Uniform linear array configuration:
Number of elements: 8
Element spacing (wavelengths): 0.25
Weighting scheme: blackman
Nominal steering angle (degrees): -45
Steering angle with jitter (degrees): -46.607
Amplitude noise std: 0.05
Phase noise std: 0.05

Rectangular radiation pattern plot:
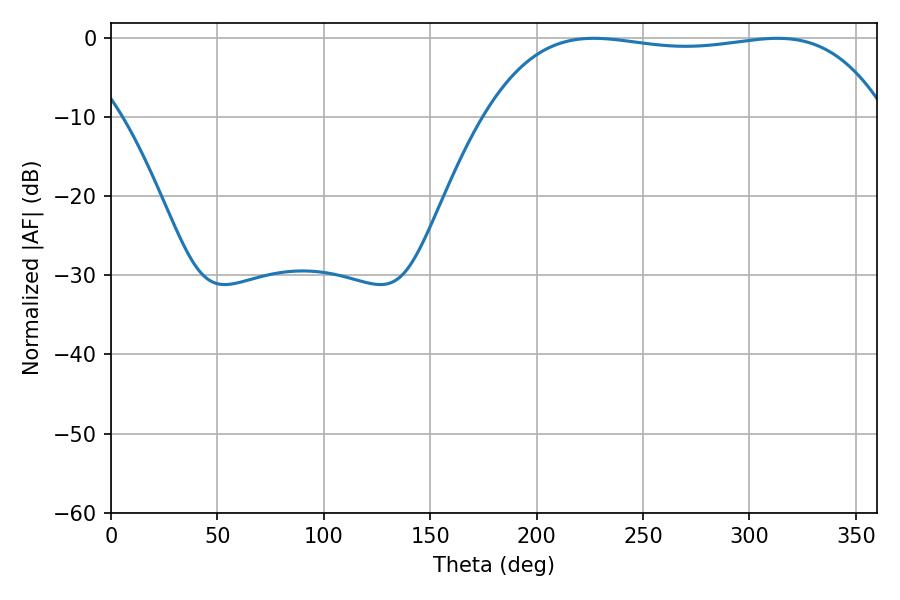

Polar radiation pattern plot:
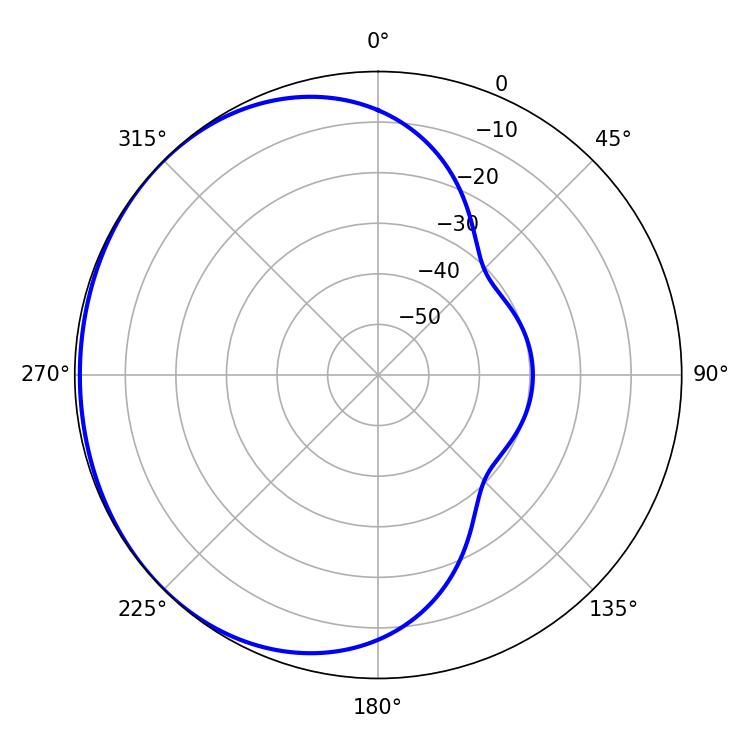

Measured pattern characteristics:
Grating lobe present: FALSE
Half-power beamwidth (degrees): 149.04
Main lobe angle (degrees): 226.8